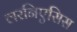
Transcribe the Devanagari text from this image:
लरनिएसिस